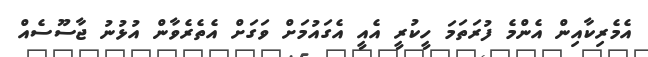
އެމެރިކާއިން އެންމެ ފުރަތަމަ ހީކުރީ އެއީ އެގައުމަށް ވަގަށް އެތެރެވާން އުޅުނު ޖާސޫސެއް